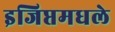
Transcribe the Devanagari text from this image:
इजिप्तमधले